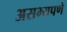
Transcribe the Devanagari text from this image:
असभ्यपणे